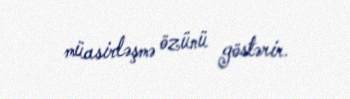
müasirləşmə özünü göstərir.